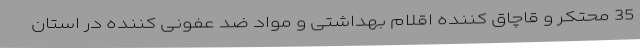
35 محتکر و قاچاق کننده اقلام بهداشتی و مواد ضد عفونی کننده در استان